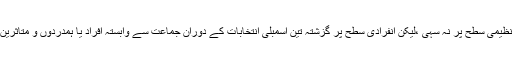
گوکہ جماعت کی قیادت نے ایسے الزامات کو ہمیشہ مسترد کیا ہے تاہم زمینی حقائق بتا رہے ہیں کہ تنظیمی سطح پر نہ سہی ،لیکن انفرادی سطح پر گزشتہ تین اسمبلی انتخابات کے دوران جماعت سے وابستہ افراد یا ہمدردوں و متاثرین نے پی ڈ ی پی کے حق میں ووٹ کاسٹ کئے، بھلے ہی وہ نیشنل کانفرنس کی عداوت کاہی نتیجہ تھا۔